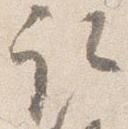
取